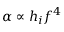
\alpha \propto h _ { i } f ^ { 4 }